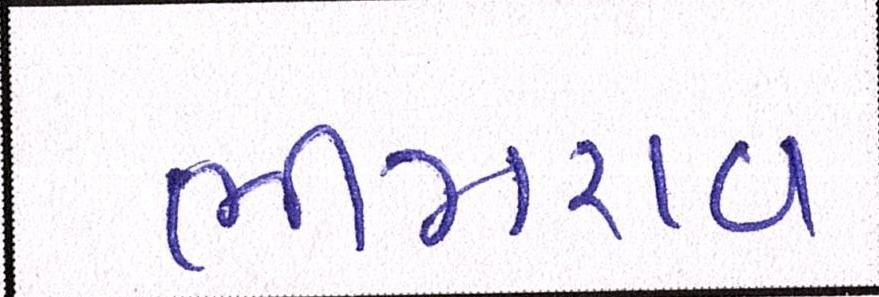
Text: ભીમરાવ